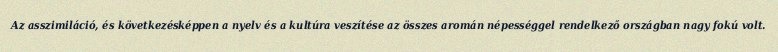
Az asszimiláció, és következésképpen a nyelv és a kultúra veszítése az összes aromán népességgel rendelkező országban nagy fokú volt.